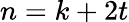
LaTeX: n=k+2t